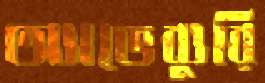
অ্যাভেব্যুরি